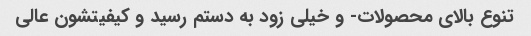
تنوع بالای محصولات- و خیلی زود به دستم رسید و کیفیتشون عالی